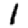
Digit: 1